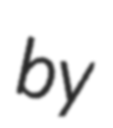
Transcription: by